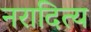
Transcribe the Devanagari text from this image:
नरादित्य